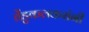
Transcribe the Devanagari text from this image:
तेंडुकलकरांनी